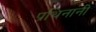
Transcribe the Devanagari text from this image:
प्रथिनानी